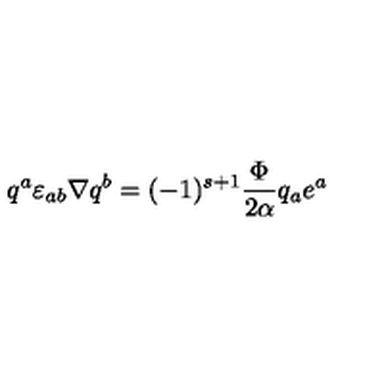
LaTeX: q ^ { a } \varepsilon _ { a b } \nabla q ^ { b } = ( - 1 ) ^ { s + 1 } { \frac { \Phi } { 2 \alpha } } q _ { a } e ^ { a }